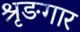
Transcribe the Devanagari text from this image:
श्रृङगार